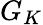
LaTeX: G_{K}